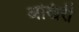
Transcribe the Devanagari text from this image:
अखिरी